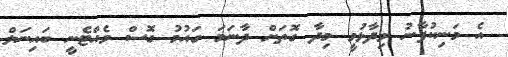
އެ މަނިކުފާނު ވިދާޅުވީ މިދާ ގޮތަށް ދާނަމަ ގައުމު ގޮސް ވެއްޓެނީ ބައިނަލް